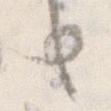
り